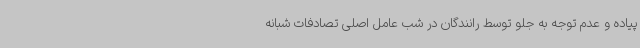
پیاده و عدم توجه به جلو توسط رانندگان در شب عامل اصلی تصادفات شبانه